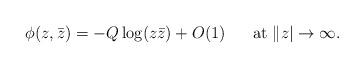
LaTeX: \begin{align*}\phi(z,\bar{z})=-Q\log(z\bar{z})+O(1)\ \ \ \ \ \mathrm{at}\ \|z|\rightarrow \infty.\end{align*}